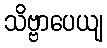
သိဗ္ဗာပေယျ